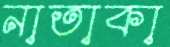
নাতাকা